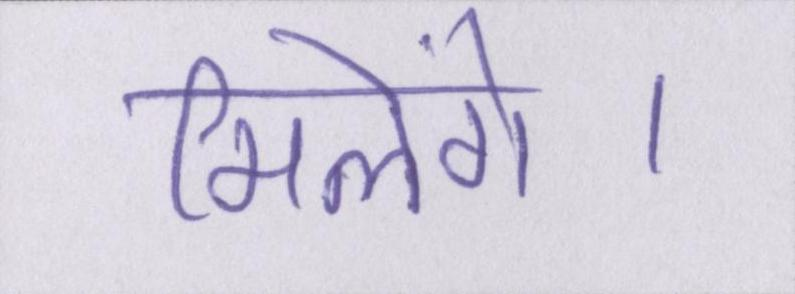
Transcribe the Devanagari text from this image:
मिलेंगे।